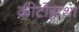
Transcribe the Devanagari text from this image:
कीटोग्नथा